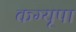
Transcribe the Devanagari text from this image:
कग्‍यूपा